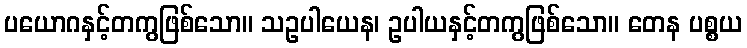
ပယောဂနှင့်တကွဖြစ်သော။ သဥပါယေန၊ ဥပါယနှင့်တကွဖြစ်သော။ တေန ပစ္စယ